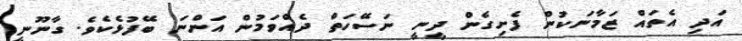
އަދި އެތައް ޒަމާނަކުން ފެށިގެން ދީނީ ނަސޭހަތް ދެއްވަމުން އަންނަ ބޭފުޅެކެވެ. ގާނޫނީ